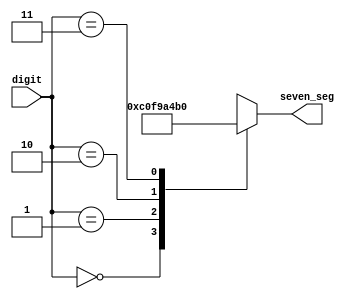
module seven(
	input [1:0] digit,
	output [7:0] seven_seg
    );

    reg [7:0] seven;

    always @ (*) begin
    case(digit)    
    	0: seven = 8'b11000000;
        1: seven = 8'b11111001;
        2: seven = 8'b10100100;
        3: seven = 8'b10110000;
        default: 
    	seven = 8'b11111111;
    endcase
    end

    assign seven_seg = seven;

endmodule